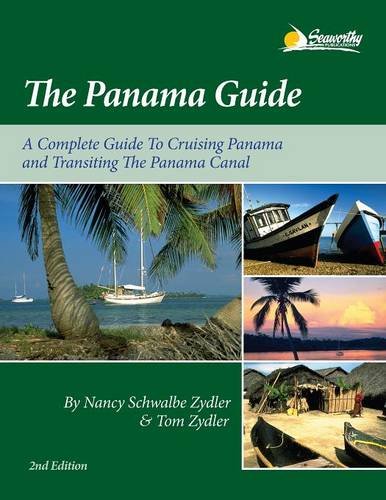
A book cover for The Panama Guide: A Cruising Guide to the Isthmus of Panama; Nancy Schwalbe Zydler; Travel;